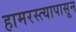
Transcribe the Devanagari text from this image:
हामरस्त्यापासून